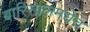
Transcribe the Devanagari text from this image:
बारिसालमधेच